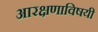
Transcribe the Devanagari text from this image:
आरक्षणाविषयी